Civil Veterinary Dept. Bombay admin report 1893-99 - 1893-1899
Year: 1893
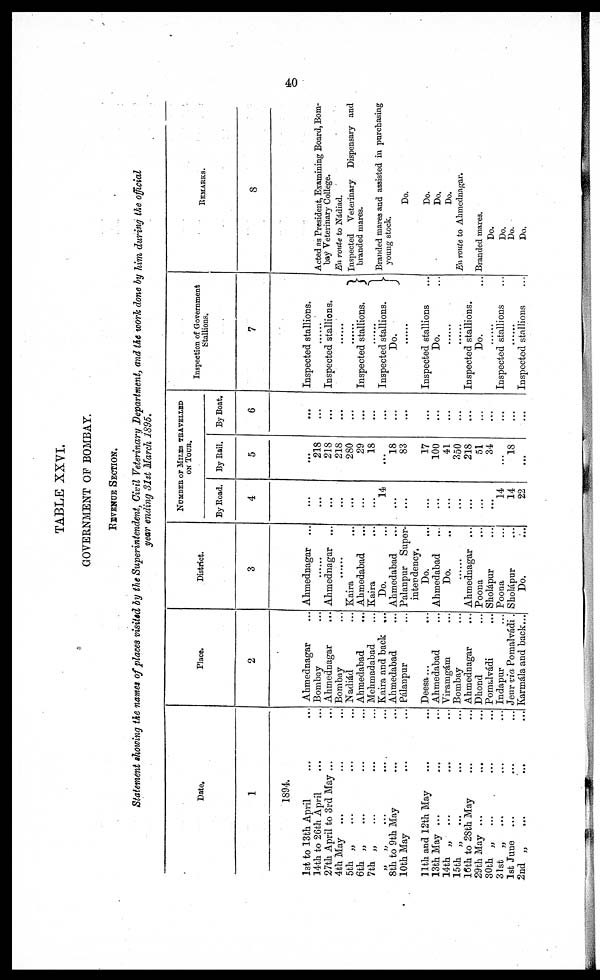
40
TABLE XXVI.
GOVERNMENT OF BOMBAY.
REVENUE SECTION.
Statement showing the names of places visited by the Superintendent, Civil Veterinary Department, and the work done by him during the official
year ending 31st March 1895.
Date.
1
1894.
l3t to 13th April … …
14th to 26th April … …
27th April to 3rd May ... ...
4th May … … …
5th „ … … …
6th „ … … …
7th „ … … …
„ „ ... ... ...
8th to 9th May … …
10th May … …
11th and 12th May … …
13th May ... … …
14th „
... … …
15th „ … … …
16th to 28th May ... ...
29th May .. … ….
30th „
... … …
31st „ … … …
1st June … … …
2nd „
...
...
...
Place.
2
Ahmednagar …
Bombay …
Ahmednagar …
Bombay …
Nadiád …
Ahmedabad …
Mehmadabad …
Kaira and back
...
Ahmedabad …
Pálanpur …
Deesa... …
Ahmedabad …
Viramgám …
Bombay
Ahmednagar …
Dhond …
Pomalvádi …
Indapur …
Jeur via Pomalvádi .
Karmála and back …
District.
3
Ahmednagar …
… …
Ahmednagar
...
… …
Kaira …
Ahmedabad …
Kaira …
Do. …
Ahmedabad …
Palanpur Super-
intendency.
Do. …
Ahmedabad …
Do. …
… …
Ahmednagar
...
Poona …
Sholápur …
Poona …
Sholápur …
Do. …
NUMBER OF MILKS TRAVELLED
ON TOUR.
By Road.
4
…
...
...
...
…
…
...
14
...
...
...
...
...
...
...
...
...
14
14
22
By Rail.
5
...
218
218
218
280
29
18
…
l8
83
17
100
41
350
218
51
31
…
18
...
By Boat.
6
...
...
...
...
...
...
…
...
...
…
...
...
...
...
...
...
...
...
...
...
Inspection of Government
Stallions.
7
Inspected stallions.
… …
Inspected stallions.
… …
… …
Inspected stallions.
… …
Inspected stallions.
Do.
… …
Inspected stallions …
Do. …
… …
… …
Inspected stallions.
Do. …
… …
Inspected stallions …
… …
Inspected stallions …
REMARKS.
8
Acted as President, Examining Board, Bom-
bay Veterinary College.
En route to Nádiad.
Inspected Veterinary Dispensary and
branded mares.
Branded mares and assisted in purchasing
young stock.
Do.
Do.
Do.
Do.
En route to Ahmednagar.
Branded mares.
Do.
Do.
Do.
Do.